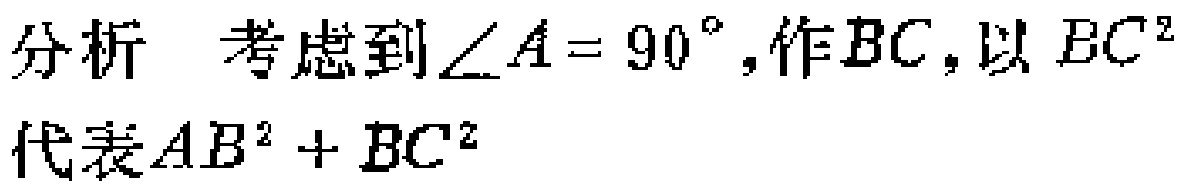
分析 考虑到$\angle A = 90^{\circ}$,作$BC$,以$BC^{2}$代表$AB^{2}+BC^{2}$